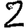
Digit: 2